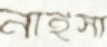
নাইসা